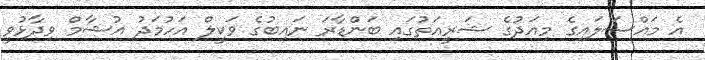
އެ މައްސަލައިގެ މިއަދުގެ ޝަރީއަތުގައި ބަންޑާރަ ނައިބުގެ ވަކީލް އަހުމަދު އުޝާމް ވިދާޅުވީ